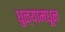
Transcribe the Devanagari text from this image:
धुळ्यामधून